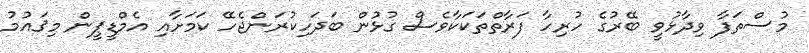
މުސްތަފާ ވިދާޅުވީ ބޭރުގެ ހުރިހާ ފަރާތްތަކަކާވެސް ގުޅުން ބަދަހިކުރަންޖެހޭ ކަމަށާއި އެމްޑީޕީން މިޤައުމު